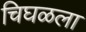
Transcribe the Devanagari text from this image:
चिघळला